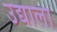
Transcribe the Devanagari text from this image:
उद्याला